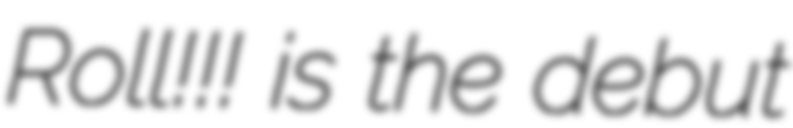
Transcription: Roll!!! is the debut